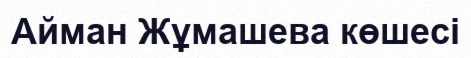
Айман Жұмашева көшесі